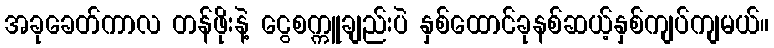
အခုခေတ်ကာလ တန်ဖိုးနဲ့ ငွေစက္ကူချည်းပဲ နှစ်ထောင်ခုနစ်ဆယ့်နှစ်ကျပ်ကျမယ်။